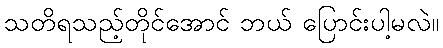
သတိရသည့်တိုင်အောင် ဘယ် ပြောင်းပါ့မလဲ။